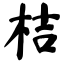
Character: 桔